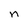
Character: n